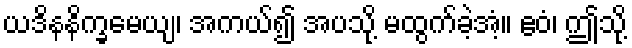
ယဒိနနိက္ခမေယျ၊ အကယ်၍ အပသို့ မထွက်ခဲ့အံ့။ ဧဝံ၊ ဤသို့